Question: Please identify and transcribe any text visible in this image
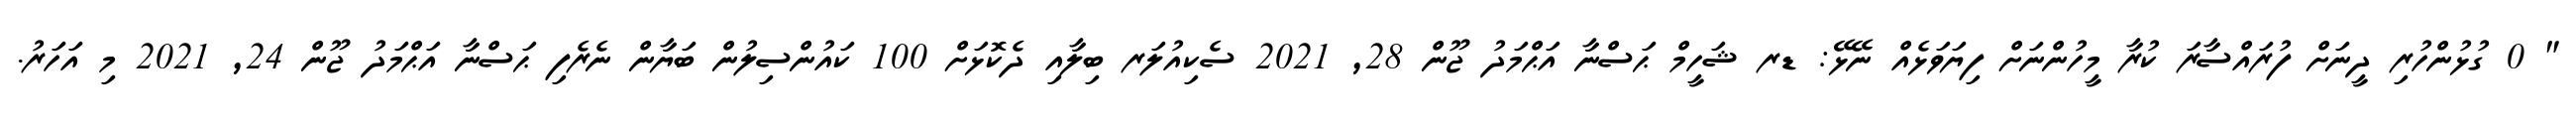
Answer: " 0 ގުޅުންހުރި ދީނަށް ފުރައްސާރަ ކުރާ މީހުންނަށް ފިޔަވަޅެއް ނޭޅޭ: ޑރ ޝަހީމް ޙަސްނާ އަޙްމަދު ޖޫން 28, 2021 ސެކިއުލަރ ބިލާއި ދެކޮޅަށް 100 ކައުންސިލުން ބަޔާން ނެރެފި ޙަސްނާ އަޙްމަދު ޖޫން 24, 2021 މި އަހަރު.